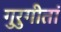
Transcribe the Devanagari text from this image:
गुरुगीतां